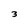
Character: 3